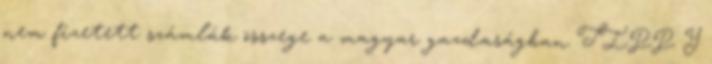
nem fizetett számlák összege a magyar gazdaságban TIPP Y